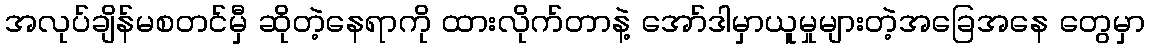
အလုပ်ချိန်မစတင်မှီ ဆိုတဲ့နေရာကို ထားလိုက်တာနဲ့ အော်ဒါမှာယူမှုများတဲ့အခြေအနေ တွေမှာ